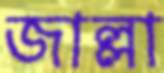
জাল্লা